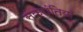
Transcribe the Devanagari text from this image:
संक्रांतियाँ